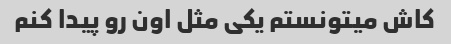
کاش میتونستم یکی مثل اون رو پیدا کنم